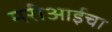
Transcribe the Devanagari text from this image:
मरीआईचा